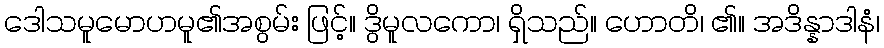
ဒေါသမူမောဟမူ၏အစွမ်း ဖြင့်။ ဒွိမူလကော၊ ရှိသည်။ ဟောတိ၊ ၏။ အဒိန္နာဒါနံ၊